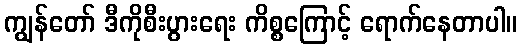
ကျွန်တော် ဒီကိုစီးပွားရေး ကိစ္စကြောင့် ရောက်နေတာပါ။